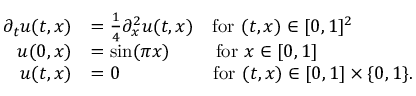
\begin{array} { r l } { \partial _ { t } u ( t , x ) } & { = \frac { 1 } { 4 } \partial _ { x } ^ { 2 } u ( t , x ) \quad \mathrm { f o r ~ } ( t , x ) \in [ 0 , 1 ] ^ { 2 } } \\ { u ( 0 , x ) } & { = \sin ( \pi x ) \qquad \; \, \mathrm { f o r ~ } x \in [ 0 , 1 ] } \\ { u ( t , x ) } & { = 0 \qquad \qquad \quad \mathrm { f o r ~ } ( t , x ) \in [ 0 , 1 ] \times \{ 0 , 1 \} . } \end{array}